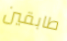
طابقين